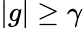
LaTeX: |g|\geq\gamma